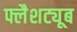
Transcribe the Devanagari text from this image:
फ्लैशट्यूब